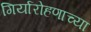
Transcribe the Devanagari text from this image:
गिर्यारोहणाच्या